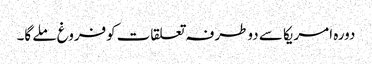
دورہ امریکا سے دوطرفہ تعلقات کوفروغ ملے گا۔